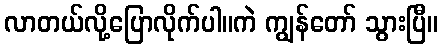
လာတယ်လို့ပြောလိုက်ပါ။ကဲ ကျွန်တော် သွားပြီ။